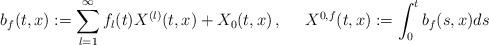
LaTeX: \begin{align*}b_{f}(t,x) & :=\sum_{l=1}^{\infty}f_{l}(t)X^{(l)}(t,x)+X_{0}(t,x)\,, & X^{0,f}(t,x) & :=\int_{0}^{t}b_{f}(s,x)ds\end{align*}